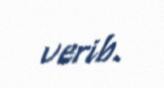
verib.